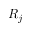
R _ { j }